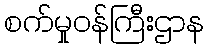
စက်မှုဝန်ကြီးဌာန